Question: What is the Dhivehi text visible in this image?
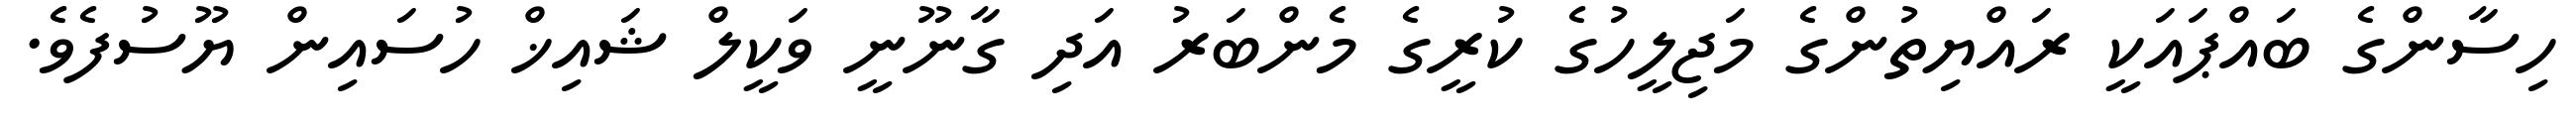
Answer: ހިސާންގެ ބައްޕައަކީ ރައްޔިތުންގެ މަޖިލީހުގެ ކުރީގެ މެންބަރު އަދި ގާނޫނީ ވަކީލް ޝައިޚް ހުސައިން ޔޫސުފެވެ.